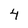
Character: 4